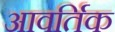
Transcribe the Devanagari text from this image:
आवर्तिक